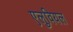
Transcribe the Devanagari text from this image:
एलुवियल